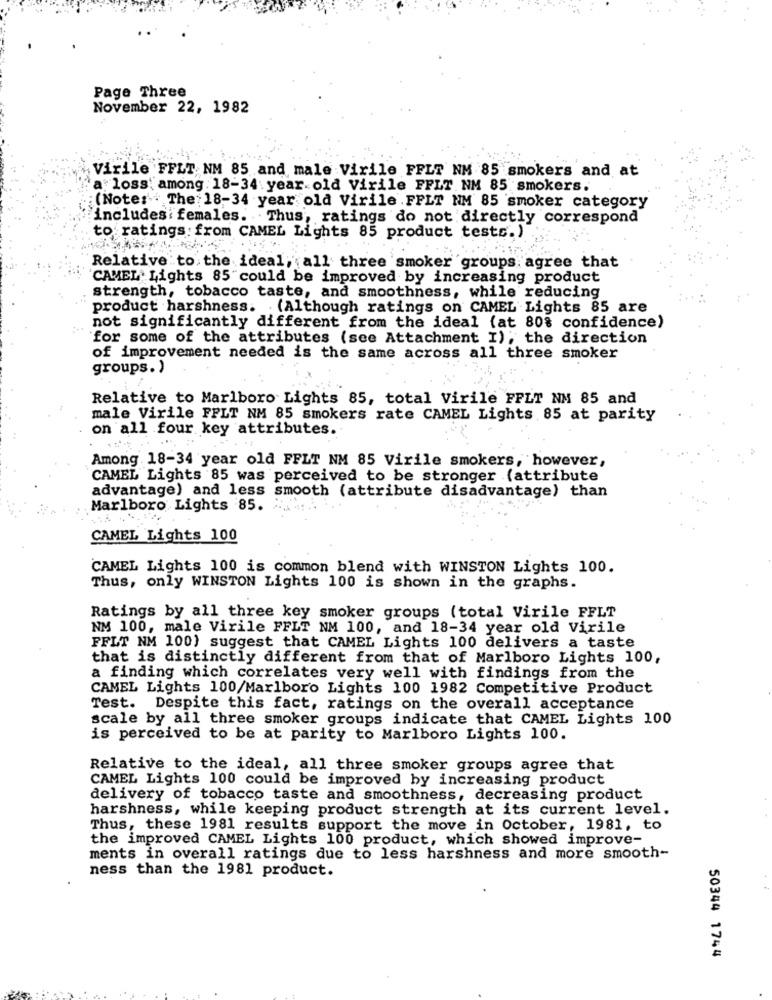
Page Three
November 22, 1982
Virile FFLT NM 85 and male Virile FFLT NM 85 smokers and at
a loss: among 18-34 year old Virile FFLT NM 85 smokers.
:(Note:" The 18-34 year old Virile FFLT NM 85 smoker category
includes : females. Thus, ratings do not directly correspond
to ratings: from CAMEL Lights 85 product tests.)
Relative to the ideal, all three smoker groups. agree that
'CAMEL. Lights 85"could be improved by increasing product
strength, tobacco taste, and smoothness, while reducing
product harshness. . (Although ratings on CAMEL Lights 85 are
not significantly different from the ideal (at 80% confidence)
for some of the attributes (see Attachment I); the direction
of improvement needed is the same across all three smoker
groups. )
Relative to Marlboro Lights 85, total Virile FPLT NM 85 and
male Virile FFLT NM 85 smokers rate CAMEL Lights 85 at parity
on all four key attributes.
Among 18-34 year old FFLT NM 85 Virile smokers, however,
CAMEL Lights 85 was perceived to be stronger (attribute
advantage) and less smooth (attribute disadvantage) than
Marlboro Lights 85.
CAMEL Lights 100
CAMEL Lights 100 is common blend with WINSTON Lights 100.
Thus, only WINSTON Lights 100 is shown in the graphs.
Ratings by all three key smoker groups (total Virile FFLT
NM 100, male Virile FFLT NM 100, and 18-34 year old Virile
FFLT NM 100) suggest that CAMEL Lights 100 delivers a taste
that is distinctly different from that of Marlboro Lights 100,
a finding which correlates very well with findings from the
CAMEL Lights 100/Marlboro Lights 100 1982 Competitive Product
Test. Despite this fact, ratings on the overall acceptance
scale by all three smoker groups indicate that CAMEL Lights 100
is perceived to be at parity to Marlboro Lights 100.
Relative to the ideal, all three smoker groups agree that
CAMEL Lights 100 could be improved by increasing product
delivery of tobacco taste and smoothness, decreasing product
harshness, while keeping product strength at its current level.
Thus, these 1981 results support the move in October, 1981, to
the improved CAMEL Lights 100 product, which showed improve-
ments in overall ratings due to less harshness and more smooth-
ness than the 1981 product.
50344 1744